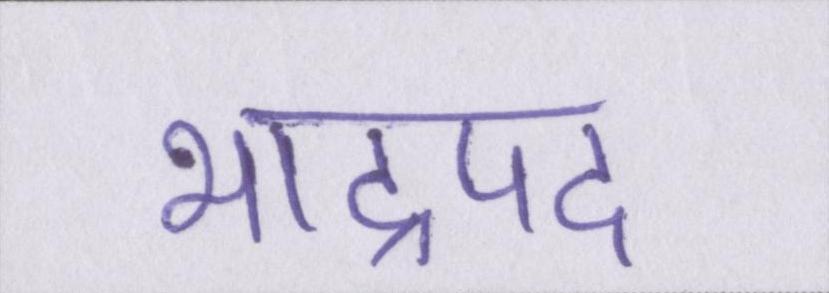
भाद्रपद